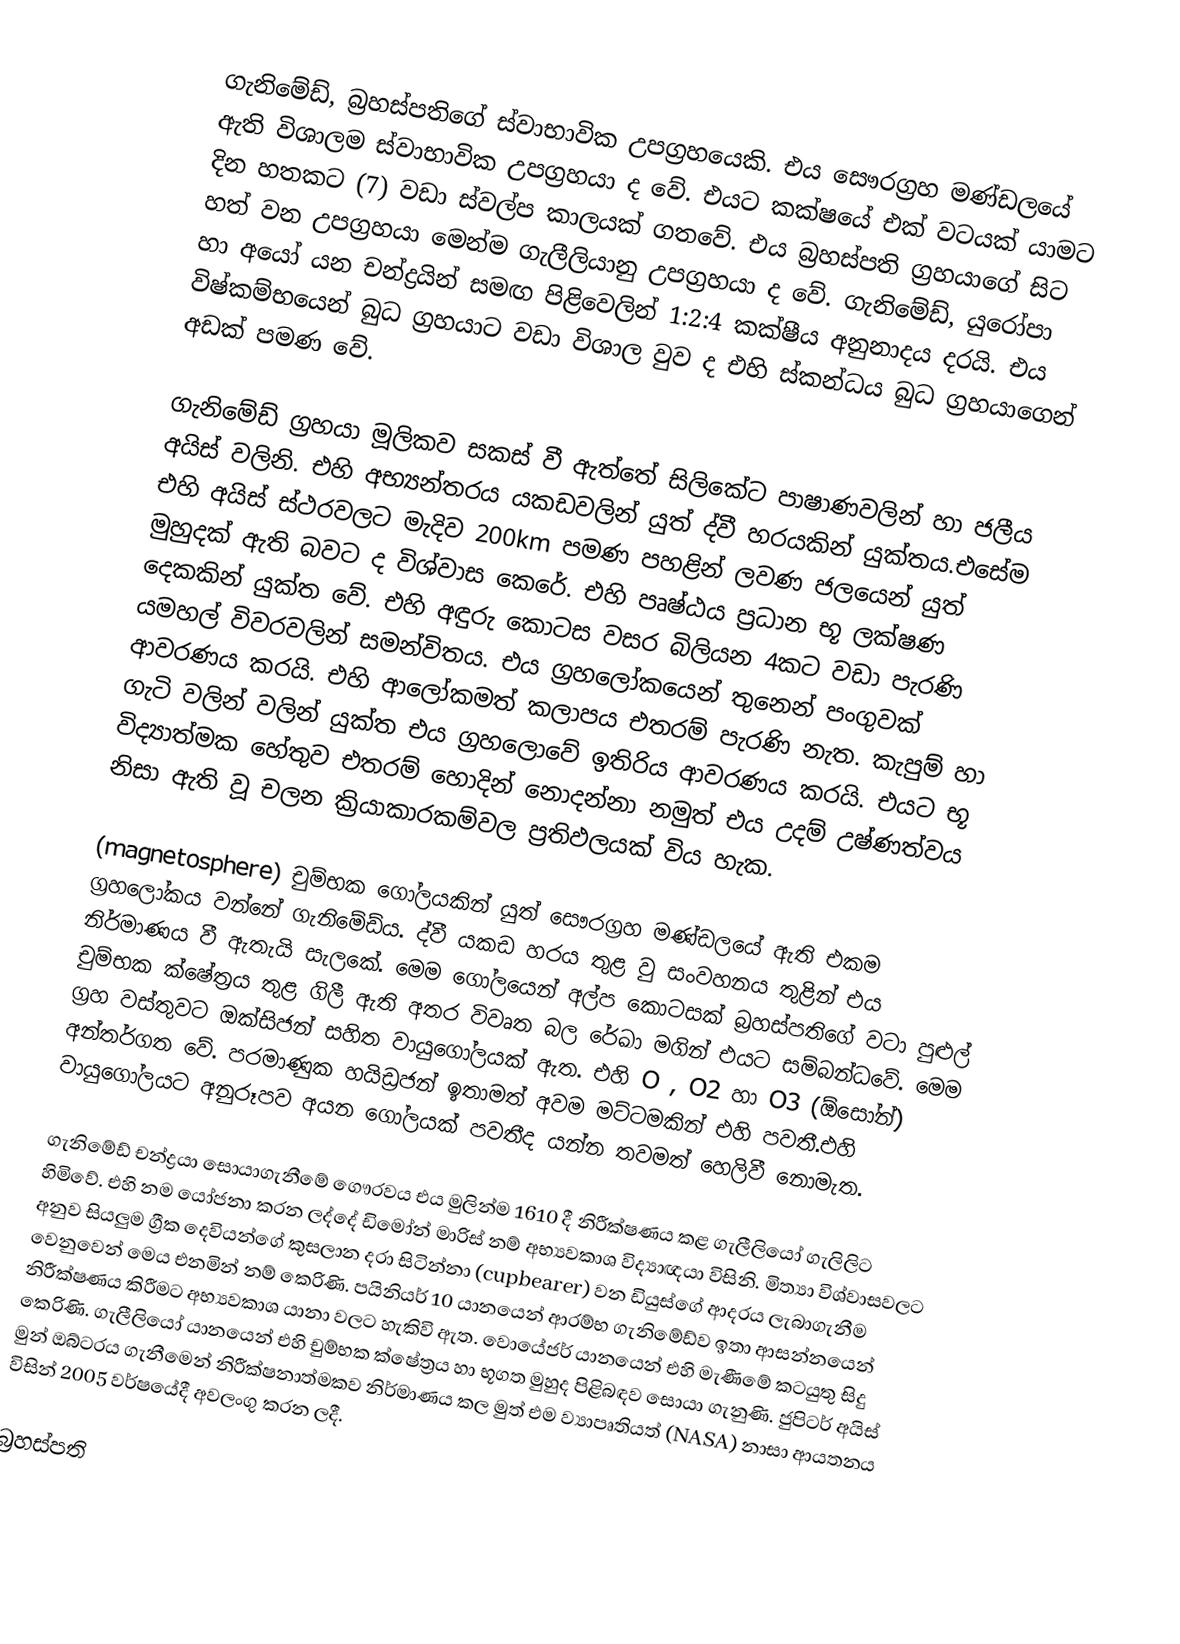
ගැනිමේඩ්, බ්‍රහස්පතිගේ ස්වාභාවික උපග්‍රහයෙකි. එය සෞරග්‍රහ මණ්ඩලයේ ඇති විශාලම ස්වාභාවික උපග්‍රහයා ද වේ. එයට කක්ෂයේ එක් වටයක් යාමට දින හතකට (7) වඩා ස්වල්ප කාලයක් ගතවේ. එය බ්‍රහස්පති ග්‍රහයාගේ සිට හත් වන උපග්‍රහයා මෙන්ම ගැලීලියානු උපග්‍රහයා ද වේ. ගැනිමේඩ්, යුරෝපා හා අයෝ යන චන්ද්‍රයින් සමඟ පිළිවෙලින් 1:2:4 කක්ෂීය අනුනාදය දරයි. එය විෂ්කම්භයෙන් බුධ ග්‍රහයාට වඩා විශාල වුව ද එහි ස්කන්ධය බුධ ග්‍රහයාගෙන් අඩක් පමණ වේ.

ගැනිමේඩ් ග්‍රහයා මූලිකව සකස් වී ඇත්තේ සිලිකේට පාෂාණවලින් හා ජලීය අයිස් වලිනි. එහි අභ්‍යන්තරය යකඩවලින් යුත් ද්වී හරයකින් යුක්තය.එසේම එහි අයිස් ස්ථරවලට මැදිව 200km පමණ පහළින් ලවණ ජලයෙන් යුත් මුහුදක් ඇති බවට ද විශ්වාස කෙරේ. එහි පෘෂ්ඨය ප්‍රධාන භූ ලක්ෂණ දෙකකින් යුක්ත වේ. එහි අඳුරු කොටස වසර බිලියන 4කට වඩා පැරණි යමහල් විවරවලින් සමන්විතය. එය ග්‍රහලෝකයෙන් තුනෙන් පංගුවක් ආවරණය කරයි. එහි ආලෝකමත් කලාපය එතරම් පැරණි නැත. කැපුම් හා ගැටි වලින් වලින් යුක්ත එය ග්‍රහලොවේ ඉතිරිය ආවරණය කරයි. එයට භූ විද්‍යාත්මක හේතුව එතරම් හොදින් නොදන්නා නමුත් එය උදම් උෂ්ණත්වය නිසා ඇති වූ චලන ක්‍රියාකාරකම්වල ප්‍රතිඵලයක් විය හැක.

(magnetosphere) චුම්භක ගෝලයකින් යුත් සෞරග්‍රහ මණ්ඩලයේ ඇති එකම ග්‍රහලෝකය වන්නේ ගැනිමේඩ්ය. ද්වී යකඩ හරය තුළ වු සංවහනය තුළින් එය නිර්මාණය වී ඇතැයි සැලකේ. මෙම ගෝලයෙන් අල්ප කොටසක් බ්‍රහස්පතිගේ වටා පුළුල් චුම්භක ක්ෂේත්‍රය තුළ ගිලී ඇති අතර විවෘත බල රේඛා මගින් එයට සම්බන්ධවේ. මෙම ග්‍රහ වස්තුවට ඔක්සිජන් සහිත වායුගෝලයක් ඇත. එහි O , O2 හා O3  (ඕසෝන්) අන්තර්ගත වේ. පරමාණුක හයිඩ්‍රජන් ඉතාමත් අවම මට්ටමකින් එහි පවතී.එහි වායුගෝලයට අනුරූපව අයන ගෝලයක් පවතීද යන්න තවමත් හෙලිවී නොමැත.

ගැනිමේඩ් චන්ද්‍රයා සොයාගැනීමේ ගෞරවය එය මුලින්ම 1610 දී නිරීක්ෂණය කළ ගැලීලියෝ ගැලිලිට හිමිවේ. එහි නම යෝජනා කරන ලද්දේ ඩිමෝන් මාරිස් නම් අභ්‍යවකාශ විද්‍යාඥයා විසිනි. මිත්‍යා විශ්වාසවලට අනුව සියලුම ග්‍රීක දෙවියන්ගේ කුසලාන දරා සිටින්නා (cupbearer) වන ඩියුස්ගේ ආදරය ලැබාගැනීම වෙනුවෙන් මෙය එනමින් නම් කෙරිණි. පයිනියර් 10 යානයෙන් ආරම්භ ගැනිමේඩ්ව ඉතා ආසන්නයෙන් නිරීක්ෂණය කිරීමට අභ්‍යවකාශ යානා වලට හැකිවි ඇත. වොයේජර් යානයෙන් එහි මැණීමේ කටයුතු සිදු කෙරිණි. ගැලීලියෝ යානයෙන් එහි චුම්භක ක්ෂේත්‍රය හා භූගත මුහුද පිළිබඳව සොයා ගැනුණි. ජුපිටර් අයිස් මුන් ඔබ්ටරය ගැනීමෙන් නිරීක්ෂනාත්මකව නිර්මාණය කල මුත් එම ව්‍යාපෘතියත් (NASA) නාසා ආයතනය විසින් 2005 වර්ෂයේදී අවලංගු කරන ලදී.

බ්‍රහස්පති